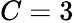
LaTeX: C=3